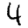
Digit: 4